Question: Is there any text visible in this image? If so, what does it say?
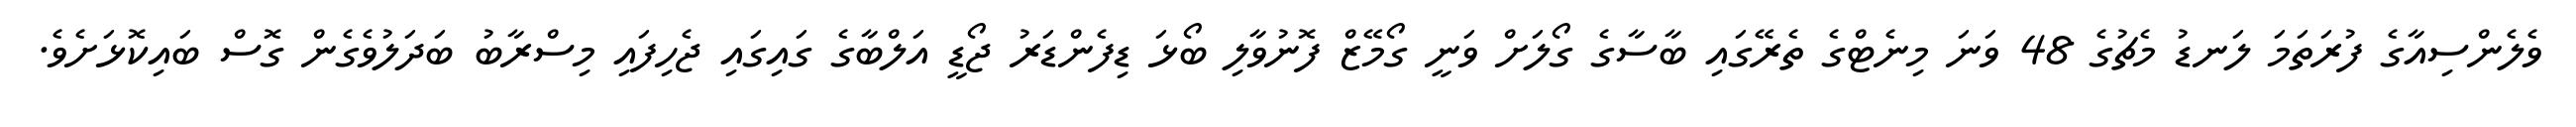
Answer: ވެލެންސިއާގެ ފުރަތަމަ ލަނޑު މެޗުގެ 48 ވަނަ މިނެޓްގެ ތެރޭގައި ބާސާގެ ގޯލަށް ވަނީ ގޯމޭޒް ފޮނުވާލި ބޯޅަ ޑިފެންޑަރު ޖޯޑީ އަލްބާގެ ގައިގައި ޖެހިފައި މިސްރާބު ބަދަލުވެގެން ގޮސް ބައިކޮޅަށެވެ.